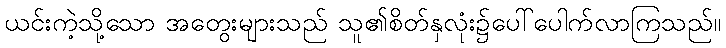
ယင်းကဲ့သို့သော အတွေးများသည် သူ၏စိတ်နှလုံး၌ပေါ်ပေါက်လာကြသည်။